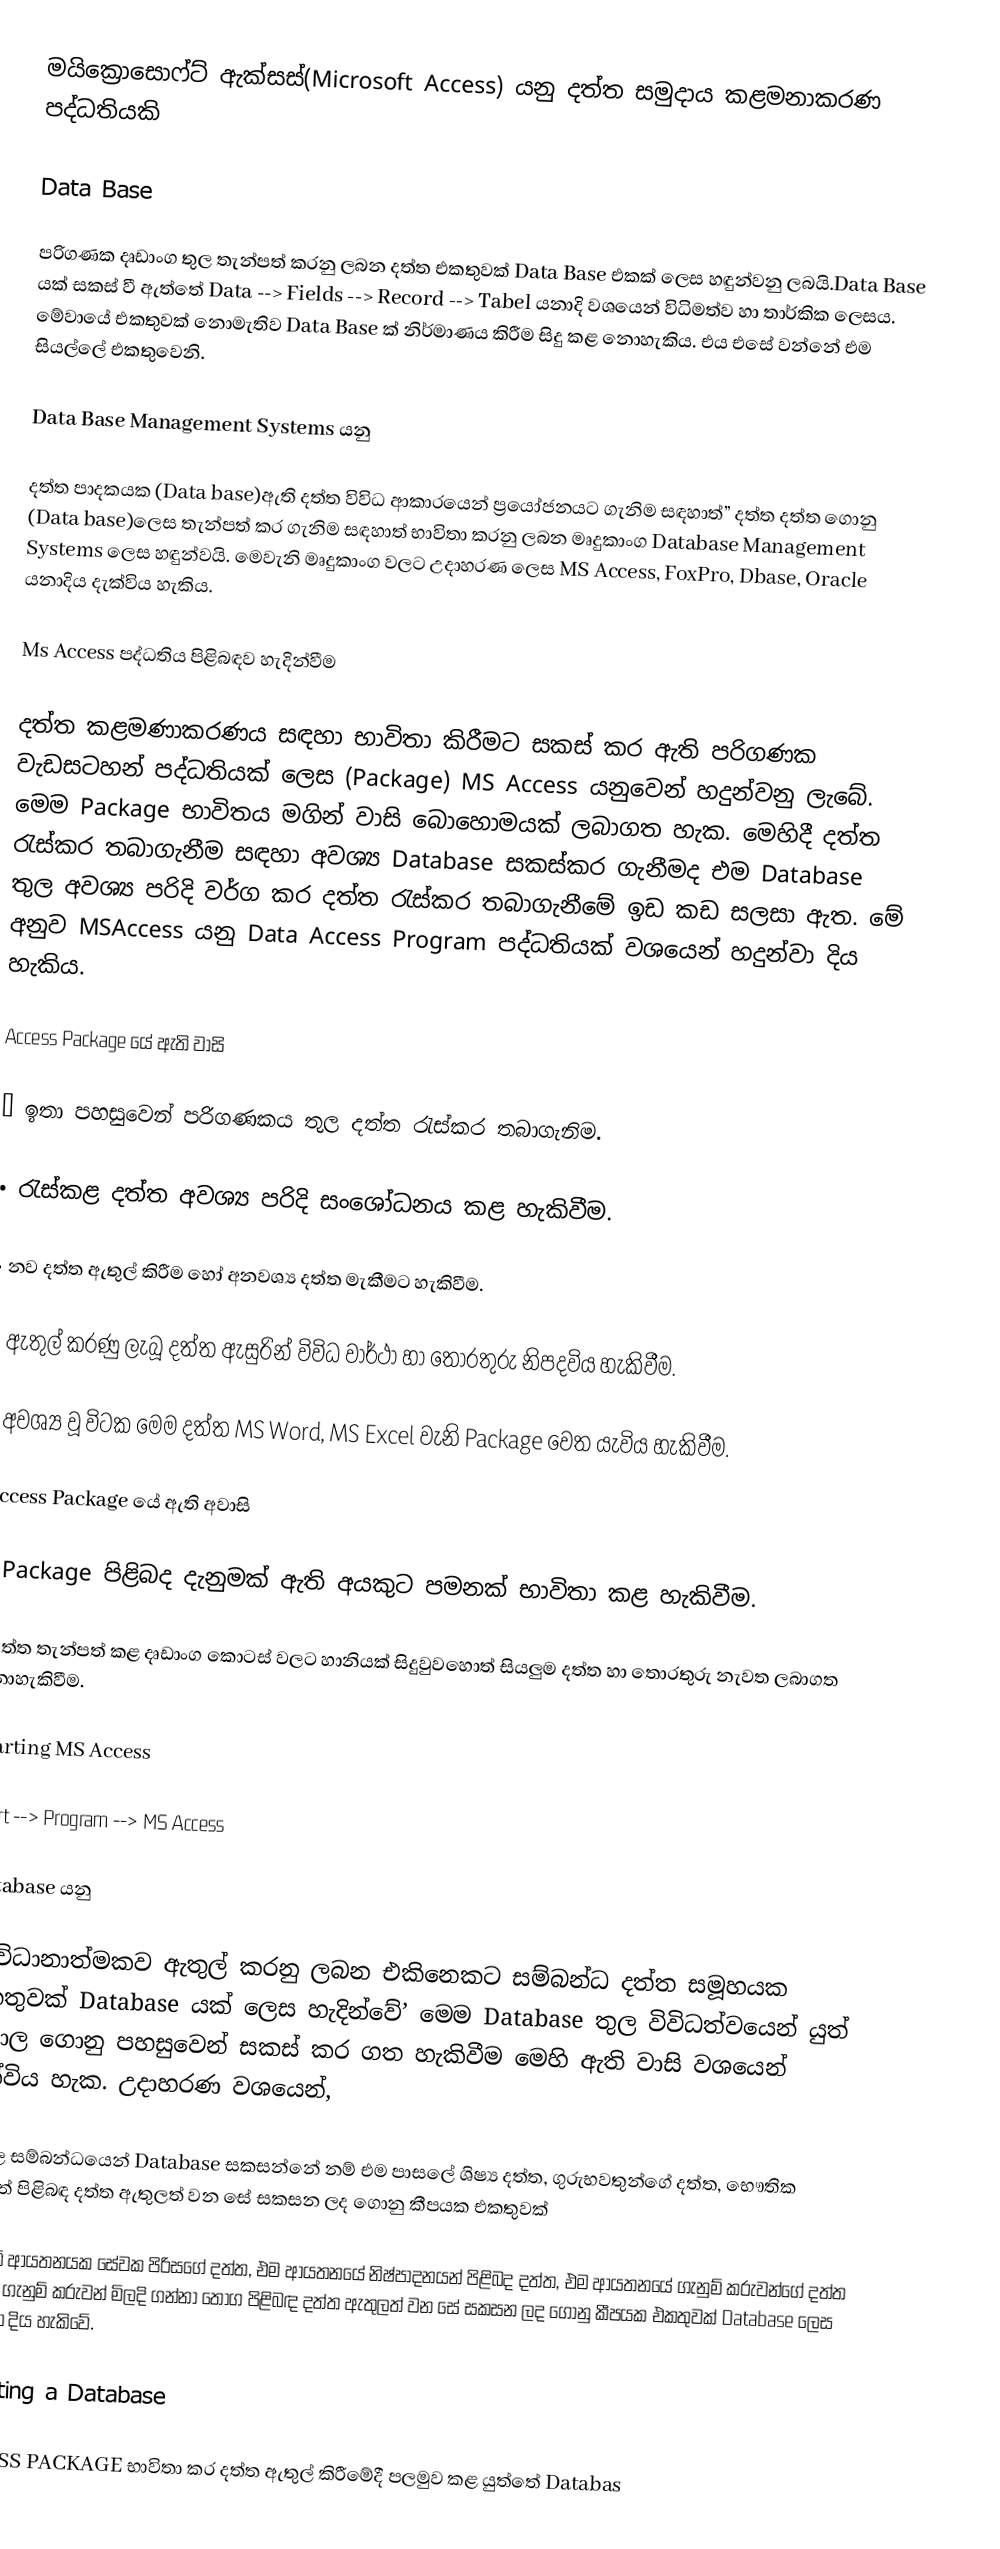
මයික්‍රොසොෆ්ට් ඇක්සස්(Microsoft Access) යනු දත්ත සමුදාය කළමනාකරණ පද්ධතියකි

Data Base

පරිගණක දෘඩාංග තුල තැන්පත් කරනු ලබන දත්ත එකතුවක් Data Base එකක් ලෙස හඳුන්වනු ලබයි.Data Base යක් සකස් වී ඇත්තේ Data --> Fields --> Record --> Tabel යනාදි වශයෙන් විධිමත්ව හා තාර්කික ලෙසය. මේවායේ එකතුවක් නොමැතිව Data Base ක් නිර්මාණය කිරීම සිදු කළ නොහැකිය. එය එසේ වන්නේ එම සියල්ලේ එකතුවෙනි.

Data Base Management Systems යනු  

දත්ත පාදකයක (Data base)ඇති දත්ත විවිධ ආකාරයෙන් ප්‍රයෝජනයට ගැනිම සඳහාත්” දත්ත දත්ත ගොනු (Data base)ලෙස තැන්පත් කර ගැනිම සඳහාත් භාවිතා කරනු ලබන මෘදුකාංග Database Management Systems ලෙස හඳුන්වයි. මෙවැනි මෘදුකාංග වලට උදාහරණ ලෙස MS Access, FoxPro, Dbase, Oracle යනාදිය දැක්විය හැකිය.

Ms Access පද්ධතිය පිළිබඳව හැදින්වීම

දත්ත කළමණාකරණය සඳහා භාවිතා කිරීමට සකස් කර ඇති පරිගණක වැඩසටහන් පද්ධතියක් ලෙස (Package) MS Access යනුවෙන් හදුන්වනු ලැබේ. මෙම Package භාවිතය මගින් වාසි බොහොමයක් ලබාගත හැක. මෙහිදී දත්ත රැස්කර තබාගැනීම සඳහා අවශ්‍ය Database සකස්කර ගැනීමද එම Database තුල අවශ්‍ය පරිදි වර්ග කර දත්ත රැස්කර තබාගැනීමේ ඉඩ කඩ සලසා ඇත. මේ අනුව MSAccess යනු Data Access Program පද්ධතියක් වශයෙන් හදුන්වා දිය හැකිය.

Access Package යේ ඇති වාසි

   •	ඉතා පහසුවෙන් පරිගණකය තුල දත්ත රැස්කර තබාගැනිම.

   •	රැස්කළ දත්ත අවශ්‍ය පරිදි සංශෝධනය කළ හැකිවීම.

   •	නව දත්ත ඇතුල් කිරීම හෝ අනවශ්‍ය දත්ත මැකීමට හැකිවීම.

   •	ඇතුල් කරණු ලැබූ දත්ත ඇසුරින් විවිධ වාර්ථා හා තොරතුරු නිපදවිය හැකිවීම.

   •	අවශ්‍ය වූ විටක මෙම දත්ත MS Word, MS Excel වැනි Package වෙත යැවිය හැකිවීම.

Access Package යේ ඇති අවාසි

   •	Package පිළිබද දැනුමක් ඇති අයකුට පමනක් භාවිතා කළ හැකිවීම.

   •	දත්ත තැන්පත් කළ දෘඩාංග කොටස් වලට හානියක් සිදුවුවහොත් සියලුම දත්ත හා තොරතුරු නැවත ලබාගත නොහැකිවීම.

Starting MS Access

   Start -->  Program  -->  MS Access

Database යනු

සංවිධානාත්මකව ඇතුල් කරනු ලබන එකිනෙකට සම්බන්ධ දත්ත සමූහයක එකතුවක් Database යක් ලෙස හැදින්වේ’ මෙම Database තුල විවිධත්වයෙන් යුත් විශාල ගොනු පහසුවෙන් සකස් කර ගත හැකිවීම මෙහි ඇති වාසි වශයෙන් දැක්විය හැක. උදාහරණ වශයෙන්,

පාසල සම්බන්ධයෙන් Database සකසන්නේ නම් එම පාසලේ ශිෂ්‍ය දත්ත, ගුරුභවතුන්ගේ දත්ත, භෞතික සම්පත් පිළිබඳ දත්ත ඇතුලත් වන සේ සකසන ලද ගොනු කීපයක එකතුවක්

කිසියම් ආයතනයක සේවක පිරිසගේ දත්ත, එම ආයතනයේ නිෂ්පාදනයන් පිළිබද දත්ත, එම ආයතනයේ ගැනුම් කරුවන්ගේ දත්ත හා එම ගැනුම් කරුවන් මිලදි ගන්නා තොග පිළිබඳ දත්ත ඇතුලත් වන සේ සකසන ලද ගොනු කීපයක එකතුවක් Database ලෙස හදුන්වා දිය හැකිවේ.

Creating a Database

ACCESS PACKAGE භාවිතා කර දත්ත ඇතුල් කිරීමේදී පලමුව කළ යුත්තේ Databas